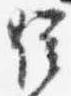
位